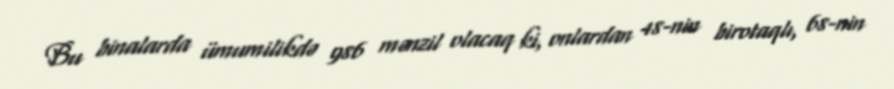
Bu binalarda ümumilikdə 986 mənzil olacaq ki, onlardan 48-nin birotaqlı, 68-nin